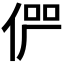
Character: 𠉬